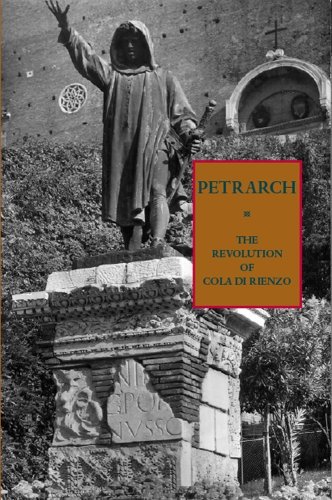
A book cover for The Revolution of Cola di Rienzo; Francesco Petrarca; Literature & Fiction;